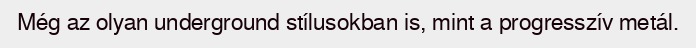
Még az olyan underground stílusokban is, mint a progresszív metál.